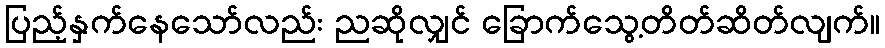
ပြည့်နှက်နေသော်လည်း ညဆိုလျှင် ခြောက်သွေ့တိတ်ဆိတ်လျက်။